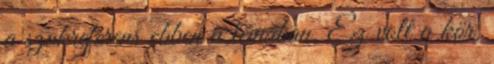
a szakreferens ebben a témában. Ez volt a kör.